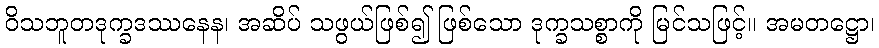
ဝိသဘူတဒုက္ခဒဿနေန၊ အဆိပ် သဖွယ်ဖြစ်၍ ဖြစ်သော ဒုက္ခသစ္စာကို မြင်သဖြင့်။ အမတဋ္ဌော၊